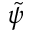
\tilde { \psi }